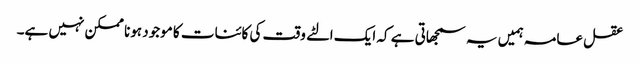
عقل عامہ ہمیں یہ سمجھاتی ہے کہ ایک الٹے وقت کی کائنات کا موجود ہونا ممکن نہیں ہے۔